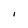
Character: I